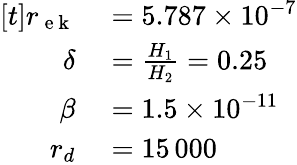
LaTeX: \begin{array}{rl}{[t]r_{\mathrm{~e~k~}}}&{{}=5.787\times 10^{-7}}\\ {\delta}&{{}=\frac{H_{1}}{H_{2}}=0.25}\\ {\beta}&{{}=1.5\times 10^{-11}}\\ {r_{d}}&{{}=15\, 000}\end{array}